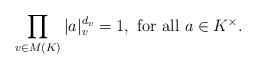
LaTeX: \begin{align*}\prod_{v \in M(K)} |a|^{d_v}_v = 1, \mbox{ for all $a \in K^\times$}.\end{align*}